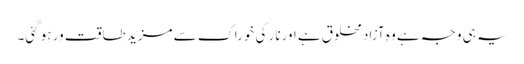
یہ ہی وجہ ہے وہ آزاد مخلوق ہے اورنار کی خوراک سے مزید طاقت ور ہو گئی۔